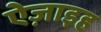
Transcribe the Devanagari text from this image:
ऐज़ाइह